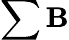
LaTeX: \sum\mathbf{B}